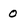
Character: 0